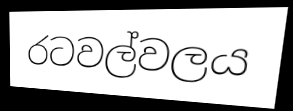
රටවල්වලය